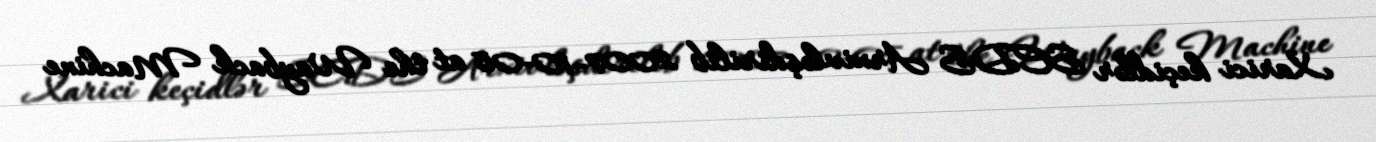
Xarici keçidlər SEDS Arxivləşdirilib 2007-10-05 at the Wayback Machine